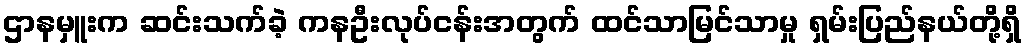
ဌာနမှူးက ဆင်းသက်ခဲ့ ကနဦးလုပ်ငန်းအတွက် ထင်သာမြင်သာမှု ရှမ်းပြည်နယ်တို့ရှိ